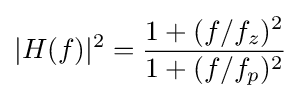
|H(f)|^{2}={{1+(f/f_{z})^{2}} \over {1+(f/f_{p})^{2}}}